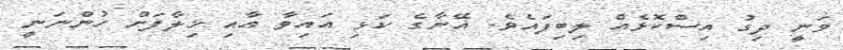
ވަނީ ދިގު އިސްކޮޅެއް ލިބިފައެވެ. އޭނާގެ ކަޅި އައިވާ އާއި ޚިލާފަށް ހުންނަނީ